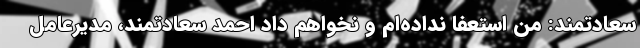
سعادتمند: من استعفا نداده‌ام و نخواهم داد احمد سعادتمند، مدیرعامل